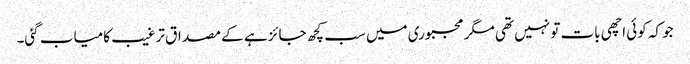
جو کہ کوئی اچھی بات تو نہیں تھی مگر مجبوری میں سب کچھ جائز ہے کے مصداق ترغیب کامیاب گئی۔